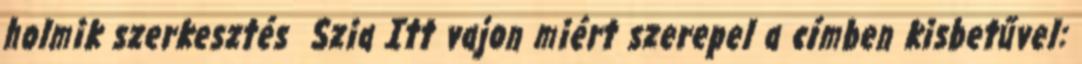
holmik szerkesztés Szia Itt vajon miért szerepel a címben kisbetűvel: